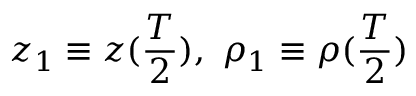
z _ { 1 } \equiv z ( \frac { T } { 2 } ) , \ \rho _ { 1 } \equiv \rho ( \frac { T } { 2 } )